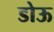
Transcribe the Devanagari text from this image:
डोऊ